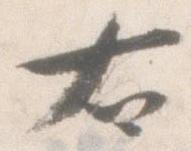
右